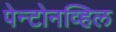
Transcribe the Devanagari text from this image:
पेन्टोनव्हिल